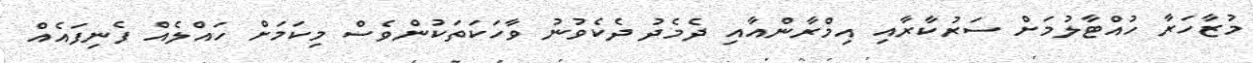
މުޒާހަރާ ހުއްޓާލުމަށް ސަރުކާރާއި އިމްރާންއާއި ދެމެދު ދެކެވުނު ވާހަކަތަކުންވެސް މިކަމަށް ހައްލެއް ފެނިފައެއް